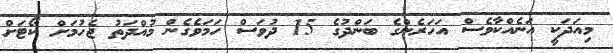
މިއަދަކީ އަނެއްކާވެސް އަހަރެންގެ ބަންދުގެ 15 ދުވަސް ހަމަވެގެން މުއްދަތު ޖެހުމަށް ކޯޓަށް